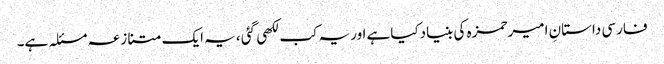
فارسی داستانِ امیرحمزہ کی بنیادکیاہے اوریہ کب لکھی گئی ،یہ ایک متنازعہ مسئلہ ہے۔